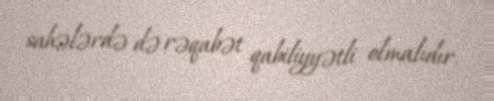
sahələrdə də rəqabət qabiliyyətli olmalıdır.